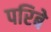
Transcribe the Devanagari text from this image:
परिबे